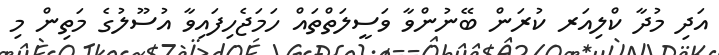
އަދި މުދާ ކްލިއަރ ކުރަން ބޭނުންވާ ވަސީލަތްތައް ހަމަޖެހިފައިވާ އުސޫލުގެ މަތިން މި